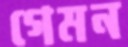
গেমন